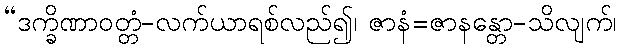
“ဒက္ခိဏာဝတ္တံ-လက်ယာရစ်လည်၍၊ ဇာနံ=ဇာနန္တော-သိလျက်၊